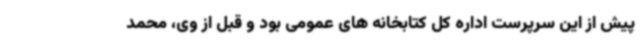
پیش از این سرپرست اداره کل کتابخانه های عمومی بود و قبل از وی، محمد